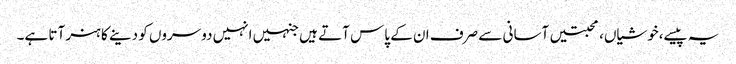
یہ پیسے،خوشیاں،محبتیں آسانی سے صرف ان کے پاس آتے ہیں جنہیں انہیں دوسروں کو دینے کا ہنر آتا ہے۔